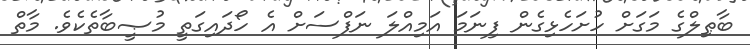
ބާޠިލްގެ މަގަށް ހުށަހެޅިގެން ފިނަމަ އަމިއްލަ ނަފްސަށް އެ ހޯދައިގަތީ މުޞީބާތެކެވެ. މާތް